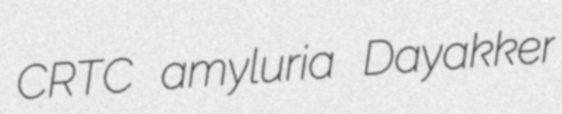
CRTC amyluria Dayakker